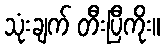
သုံးချက် တီးပြီကိုး။